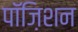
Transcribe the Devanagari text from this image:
पॉज़िशन